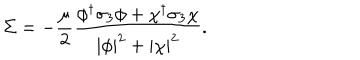
LaTeX: \Sigma = - { \frac { \mu } { 2 } } { \frac { \phi ^ { \dagger } \sigma _ { 3 } \phi + \chi ^ { \dagger } \sigma _ { 3 } \chi } { | \phi | ^ { 2 } + | \chi | ^ { 2 } } } .